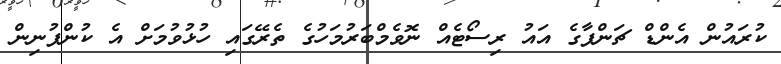
ކުރައުން އެންޑް ޗަންޕާގެ އައު ރިސޯޓެއް ނޮވެމްބަރުމަހުގެ ތެރޭގައި ހުޅުވުމަށް އެ ކުންފުނިން